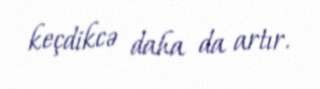
keçdikcə daha da artır.